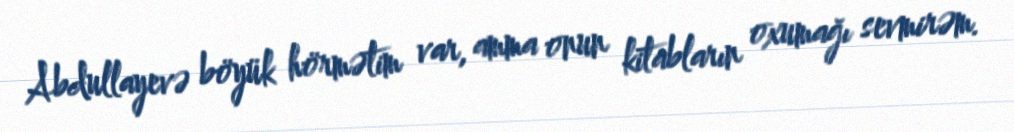
Abdullayevə böyük hörmətim var, amma onun kitabların oxumağı sevmirəm.